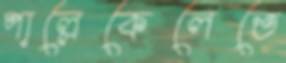
পাল্লেকেলেতে